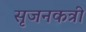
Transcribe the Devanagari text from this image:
सृजनकत्री